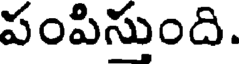
పంపిసుంది.